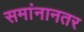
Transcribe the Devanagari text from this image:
समांनानतर